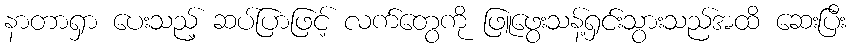
နာတာရှာ ပေးသည့် ဆပ်ပြာဖြင့် လက်တွေကို ဖြူဖွေးသန့်ရှင်းသွားသည်အထိ ဆေးပြီး